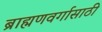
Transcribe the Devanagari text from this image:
ब्राह्मणवर्गासाठी